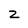
Character: 2